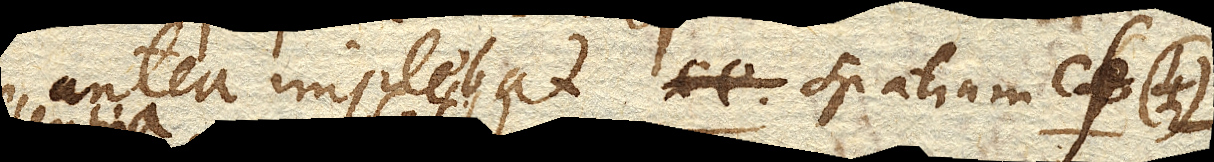
antea implebat spatium cf.